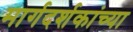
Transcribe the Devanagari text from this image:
मार्गदर्शकांच्या